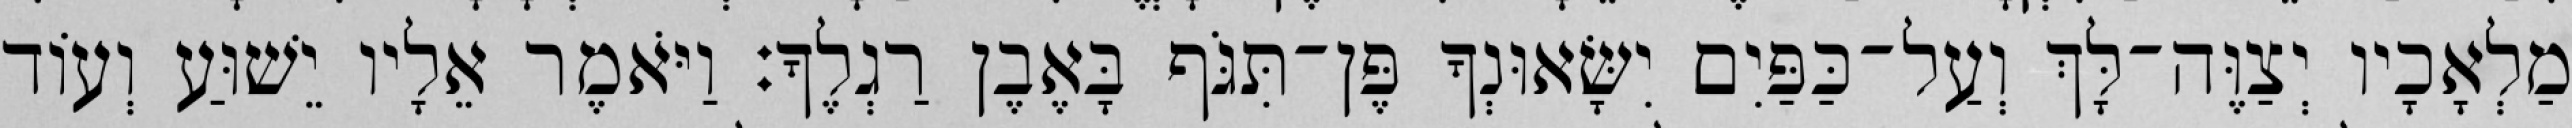
מַלְאָכָיו יְצַוֶּה־לָּךְ וְעַל־כַּפַּיִם יִשָּׂאוּנְךָ פֶּן־תִּגֹּף בָּאֶבֶן רַגְלֶךָ׃ וַיֹּאמֶר אֵלָיו יֵשׁוּעַ וְעוֹד